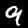
Label: 9